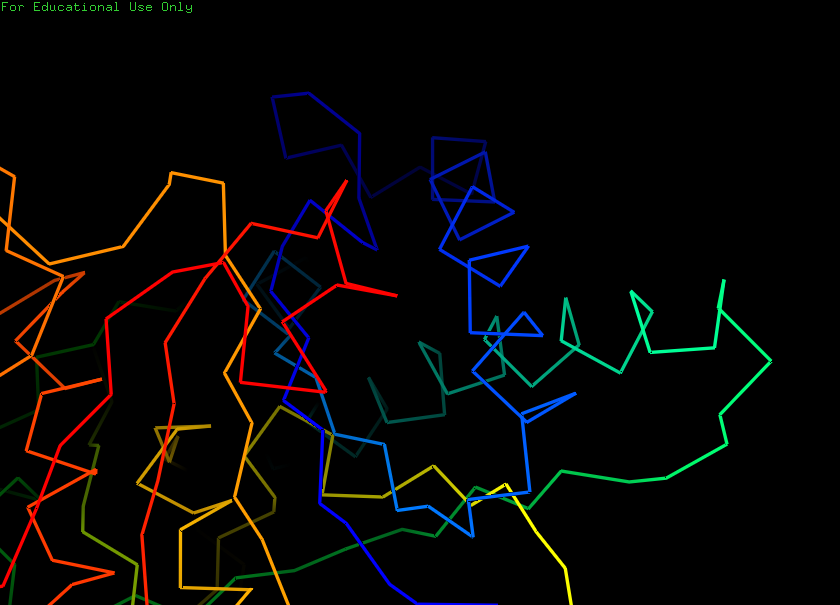
pymol, preset, ligand_sites_mesh